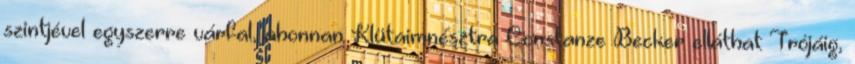
szintjével egyszerre várfal, ahonnan Klütaimnésztra Constanze Becker elláthat Trójáig,